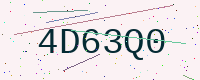
Text: 4D63Q0